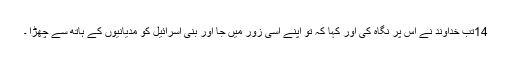
14تب خُداوند نے اُس پر نِگاہ کی اور کہا کہ تُو اپنے اِسی زور میں جا اور بنی اِسرائیل کو مِدیانیوں کے ہاتھ سے چُھڑا ۔